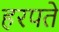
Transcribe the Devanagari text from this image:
हरपते